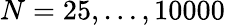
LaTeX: N=25,\ldots,10000